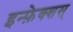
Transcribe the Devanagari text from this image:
इन्फ़ेक्शस्